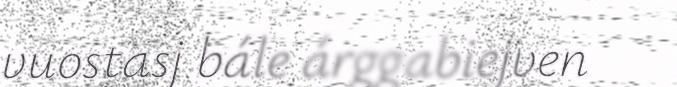
vuostasj bále árggabiejven